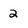
Character: 2